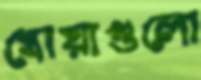
খোয়াগুলো